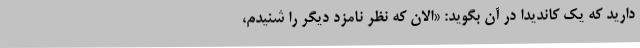
دارید که یک کاندیدا در آن بگوید: «الان که نظر نامزد دیگر را شنیدم،